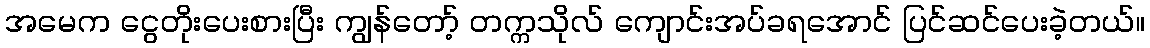
အမေက ငွေတိုးပေးစားပြီး ကျွန်တော့် တက္ကသိုလ် ကျောင်းအပ်ခရအောင် ပြင်ဆင်ပေးခဲ့တယ်။